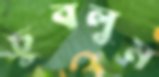
চুবলুম